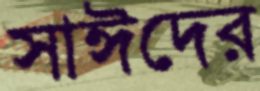
সাঈদের